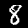
Digit: 8